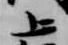
上